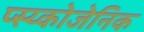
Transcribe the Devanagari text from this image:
प्स्य्कोजेनिक